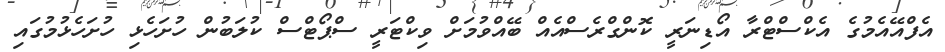
އެފްއޭއެމުގެ އެކްސްޓްރާ އޯޑިނަރީ ކޮންގްރެސްއެއް ބޭއްވުމަށް ވިކްޓަރީ ސްޕޯޓްސް ކުލަބުން ހުށަހެޅި ހުށަހެޅުމުގައި